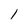
Character: l